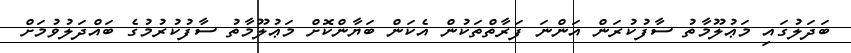
ބަދަލުގައި މަޢުލޫމާތު ސާފުކުރަން އަންނަ ފަރާތްތަކުން އެކަން ބަޔާންކޮށް މަޢުލޫމާތު ސާފުކުރުމުގެ ބައްދަލުވުމަށް